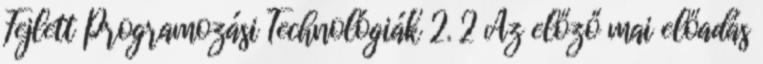
Fejlett Programozási Technológiák 2. 2 Az előző mai előadás